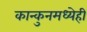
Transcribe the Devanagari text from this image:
कान्कुनमध्येही